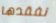
نفقدها